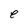
Character: e